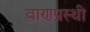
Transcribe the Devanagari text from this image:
वाणप्रस्थी